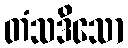
တံသဒိသော